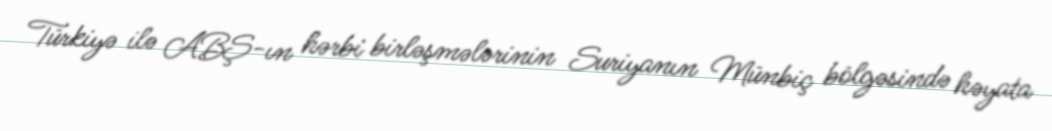
Türkiyə ilə ABŞ-ın hərbi birləşmələrinin Suriyanın Münbiç bölgəsində həyata